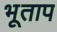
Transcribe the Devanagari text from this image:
भूताप